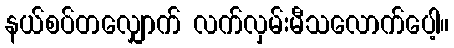
နယ်စပ်တလျှောက် လက်လှမ်းမီသလောက်ပေါ့။